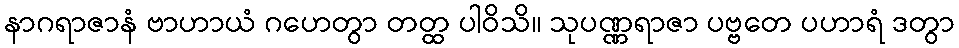
နာဂရာဇာနံ ဗာဟာယံ ဂဟေတွာ တတ္ထ ပါဝိသိ။ သုပဏ္ဏရာဇာ ပဗ္ဗတေ ပဟာရံ ဒတွာ